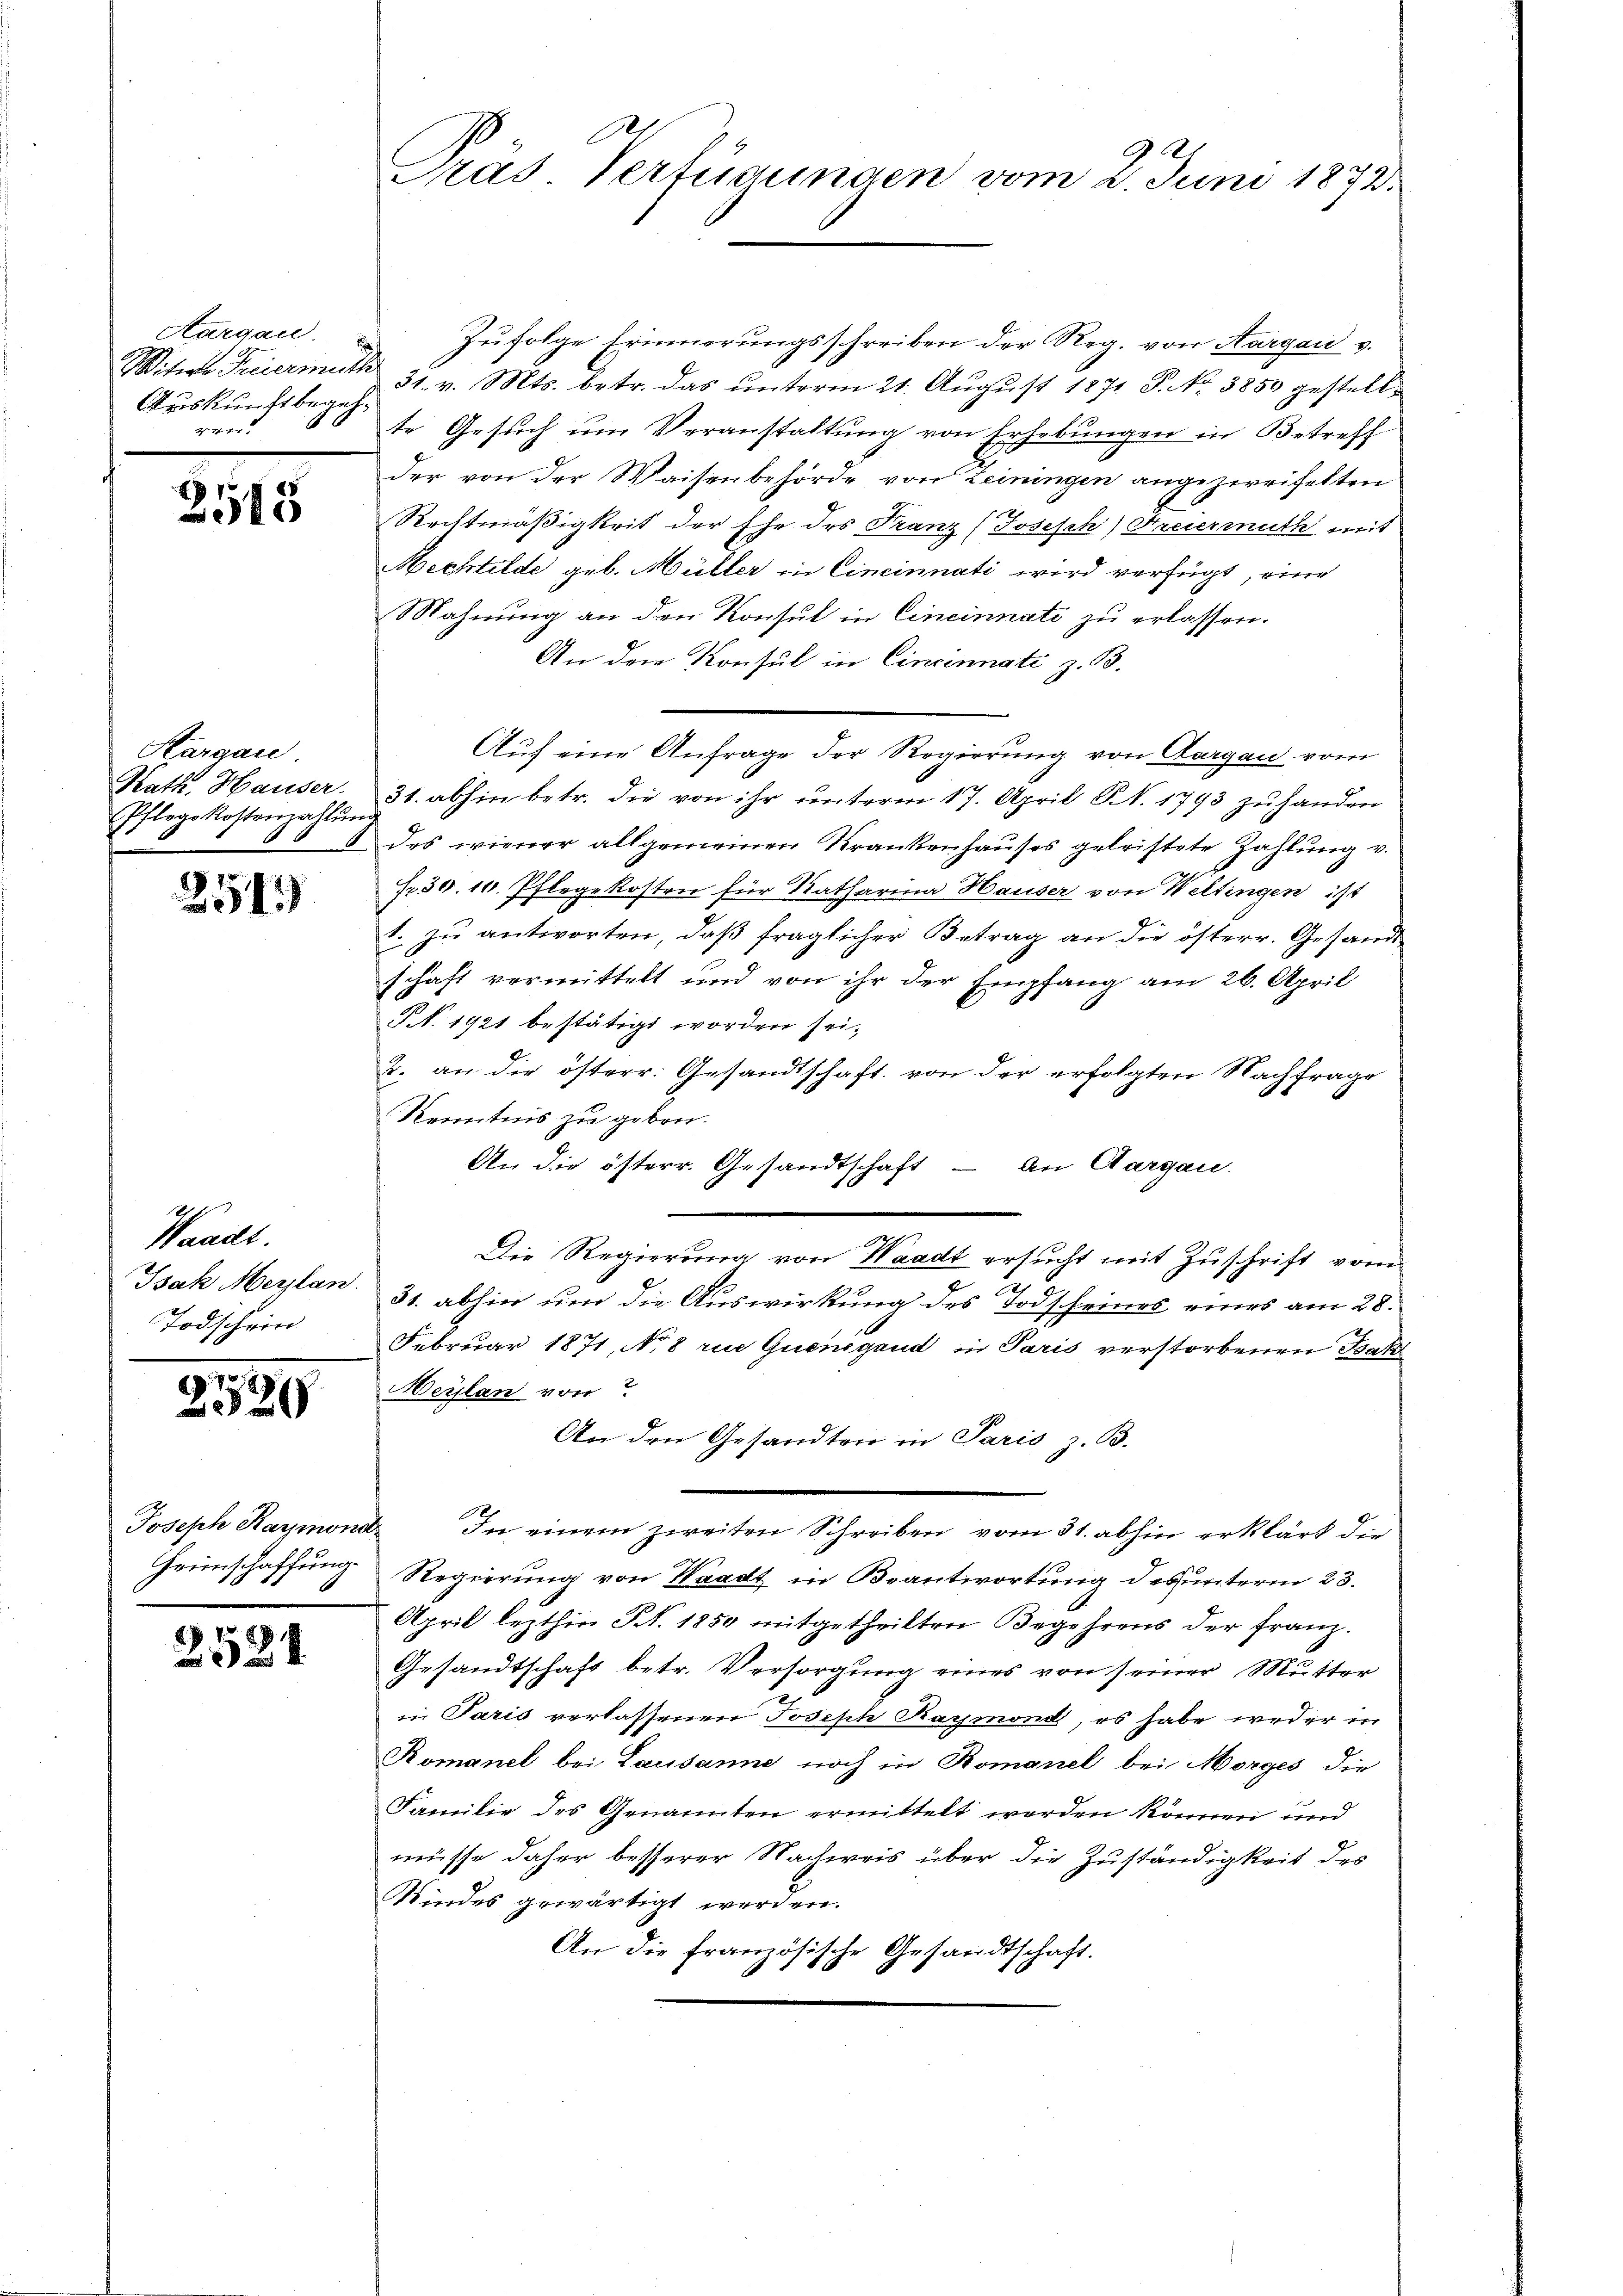
Aargau.
Witwe Freiermuth
Auskunft begeh
ren.

2515

Kargau
Kath. Hauser.
Pflege Kostenzahlŭng

251)

Waadt.
Isak Meÿlan.
Todschein

.
520

Joseph Harmond-
Heimschaffung

2524

.
Pras Verfügungen vom 2. Juni 1872.

Zŭfolge Erinnerungsschreiben der Reg. von Aargau v.
31. v. Mts. betr. das ŭnterm 21. Aŭgŭst 1871 S. Nr. 3850 gestell-
te Gesuch um Veranstaltung von Erhebungen in Betreff
der von der Waisenbehörde von Leiningen angezweifelten
Rechtmäßigkeit der Ehe des Franz (Josisch) Freiermuth mit
Mechtilde geb. Müller in Cincinnati wird verfügt, eine
Mahnung an den Konsul in Cincinnati zu erlassen.
An den Konsul in Cincinnati z. B.
31. abhin betr. die von ihr unterm 17. April S. 1793 zu handen
des wiener allgemeinen Krankenhauses geleistete Zahlung v.
Fr. 30. 10. Pflegekosten für Katharina Hauser von Weltingen ist
t. zu antworten, daß fraglicher Betrag an die österr. Gesandtschaft vermittelt und von ihr der Empfang am 26. April
Nr. 1921 bestätigt worden sei.
2. an die österr. Gesandtschaft von der erfolgten Nachfrage
Kenntnis zu geben.
An die österr. Gesandtschaft — an Aargau.
2
Die Regierung von Waadt ersucht mit Zuschrift vom
31. abhin um die Auswirkung des Todscheines eines am 28.
Februar 1871, No 8 zu Gurnigend in Paris verstorbenen Takt
Meylan von
An den Gesandtrie in Paris z. B.
In einem zweiten Schreiben vom 31. abhin erklärt die
Regierung von Waadt in Beantwortung des unterm 23.
April lezthin Nr. 1850 mitgetheilten Begehrens der Franz.
Gesandtschaft betr. Versorgung eines von seiner Mutter
in Paris verlassenen Joseph Raymond, es habe weder in
Komanel bei Lausanne noch in Romanel bei Morges die
Familie des Genannten ermittelt werden können und
müsse daher besserer Nachweis über die Zuständigkeit des
Kindes gewärtigt werden.
An die französische Gesandtschaft.

Auf eine Anfrage der Regierung von Aargau vom